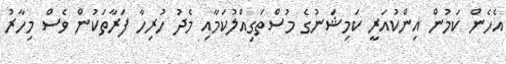
އެހެން ކަމުން އިންކުއަރީ ކަމިޝަނުގެ މުސްތަގިއްލުކަމާއި މެދު ހުރިހާ ފަރާތަކުން ވެސް މިހާރު